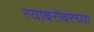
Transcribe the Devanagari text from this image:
त्याबरोबरच्या